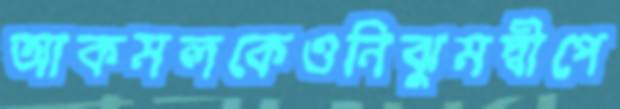
আকমলকেওনিঝুমদ্বীপে